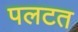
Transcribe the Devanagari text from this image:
पलटत